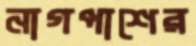
নাগপাশের